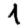
Digit: 1